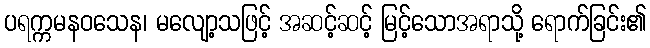
ပရက္ကမနဝသေန၊ မလျော့သဖြင့် အဆင့်ဆင့် မြင့်သောအရာသို့ ရောက်ခြင်း၏